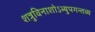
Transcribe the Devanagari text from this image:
शत्रुविनाशोऽभ्युपगन्तव्य